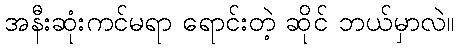
အနီးဆုံးကင်မရာ ရောင်းတဲ့ ဆိုင် ဘယ်မှာလဲ။